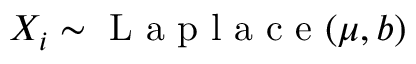
X _ { i } \sim { \textrm { L a p l a c e } } ( \mu , b )